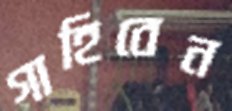
গাহিবেন